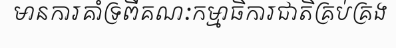
មានការគាំទ្រពីគណៈកម្មាធិការជាតិគ្រប់គ្រង